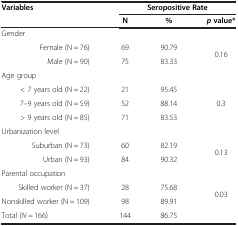
| Variables | <COLSPAN=3> Seropositive Rate |
 |  | N | % | p value* |
 | --- | --- | --- | --- |
 | Gender |  |  |  |
 | Female (N = 76) | 69 | 90.79 | <ROWSPAN=2> 0.16 |
 | Male (N = 90) | 75 | 83.33 |
 | Age group |  |  |  |
 | < 7 years old (N = 22) | 21 | 95.45 | <ROWSPAN=3> 0.3 |
 | 7–9 years old (N = 59) | 52 | 88.14 |
 | > 9 years old (N = 85) | 71 | 83.53 |
 | Urbanization level |  |  |  |
 | Suburban (N = 73) | 60 | 82.19 | <ROWSPAN=2> 0.13 |
 | Urban (N = 93) | 84 | 90.32 |
 | Parental occupation |  |  |  |
 | Skilled worker (N = 37) | 28 | 75.68 | <ROWSPAN=2> 0.03 |
 | Nonskilled worker (N = 109) | 98 | 89.91 |
 | Total (N = 166) | 144 | 86.75 |  |